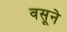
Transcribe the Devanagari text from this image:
वसूने